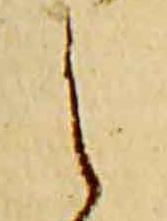
之